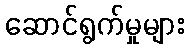
ဆောင်ရွက်မှုများ